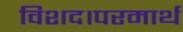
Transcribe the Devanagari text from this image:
विशद।परमार्थ